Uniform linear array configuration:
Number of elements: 24
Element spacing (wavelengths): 1
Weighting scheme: hamming
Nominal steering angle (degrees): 30
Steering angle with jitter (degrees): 29.783
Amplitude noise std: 0.05
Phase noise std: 0.05

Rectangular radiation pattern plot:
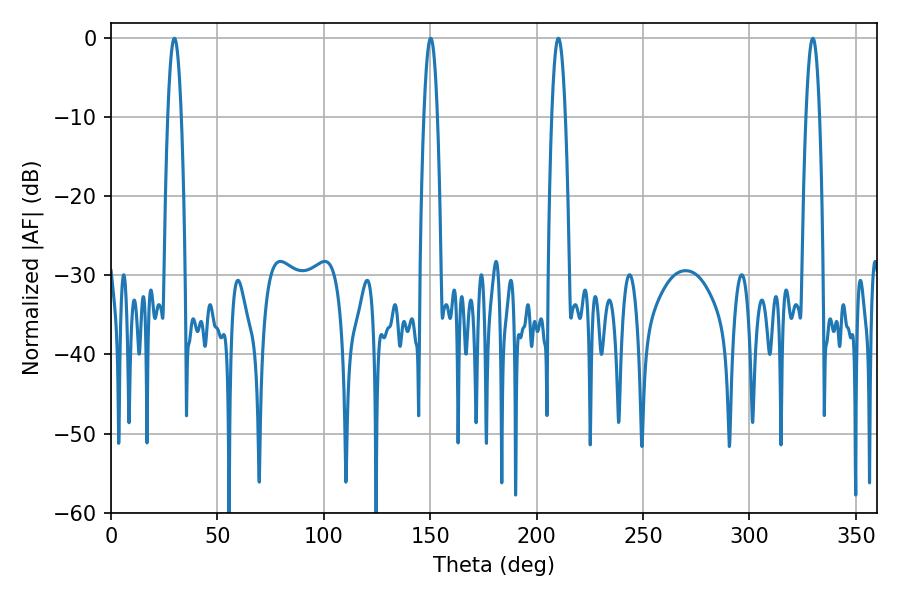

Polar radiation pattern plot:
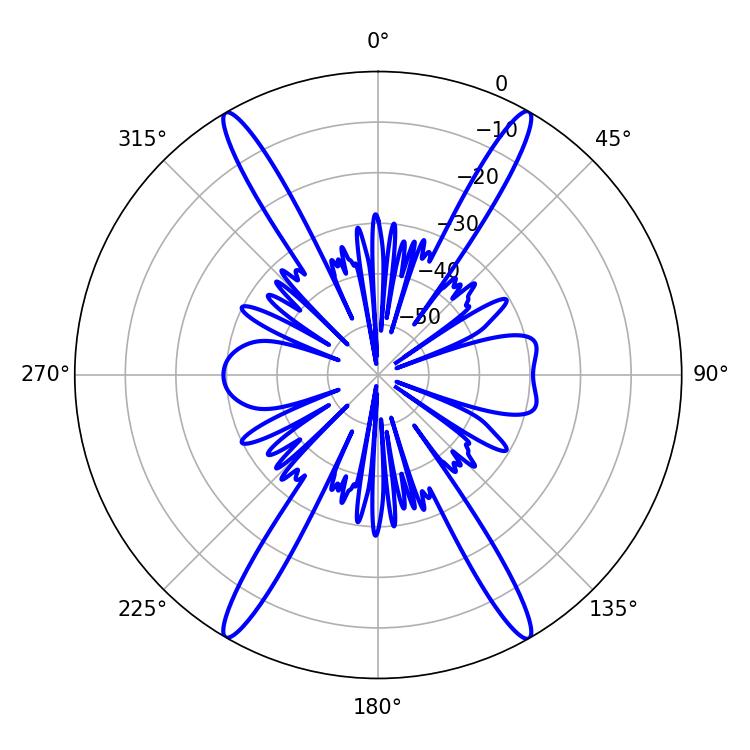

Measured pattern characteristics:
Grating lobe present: TRUE
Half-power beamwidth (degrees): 3.6
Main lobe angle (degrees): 210.24